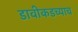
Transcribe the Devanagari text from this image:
डावीकडच्याच